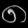
Digit: ၈